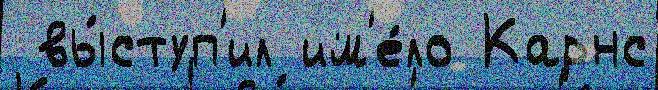
 вы́ступ'ил им'е́ло Карнс